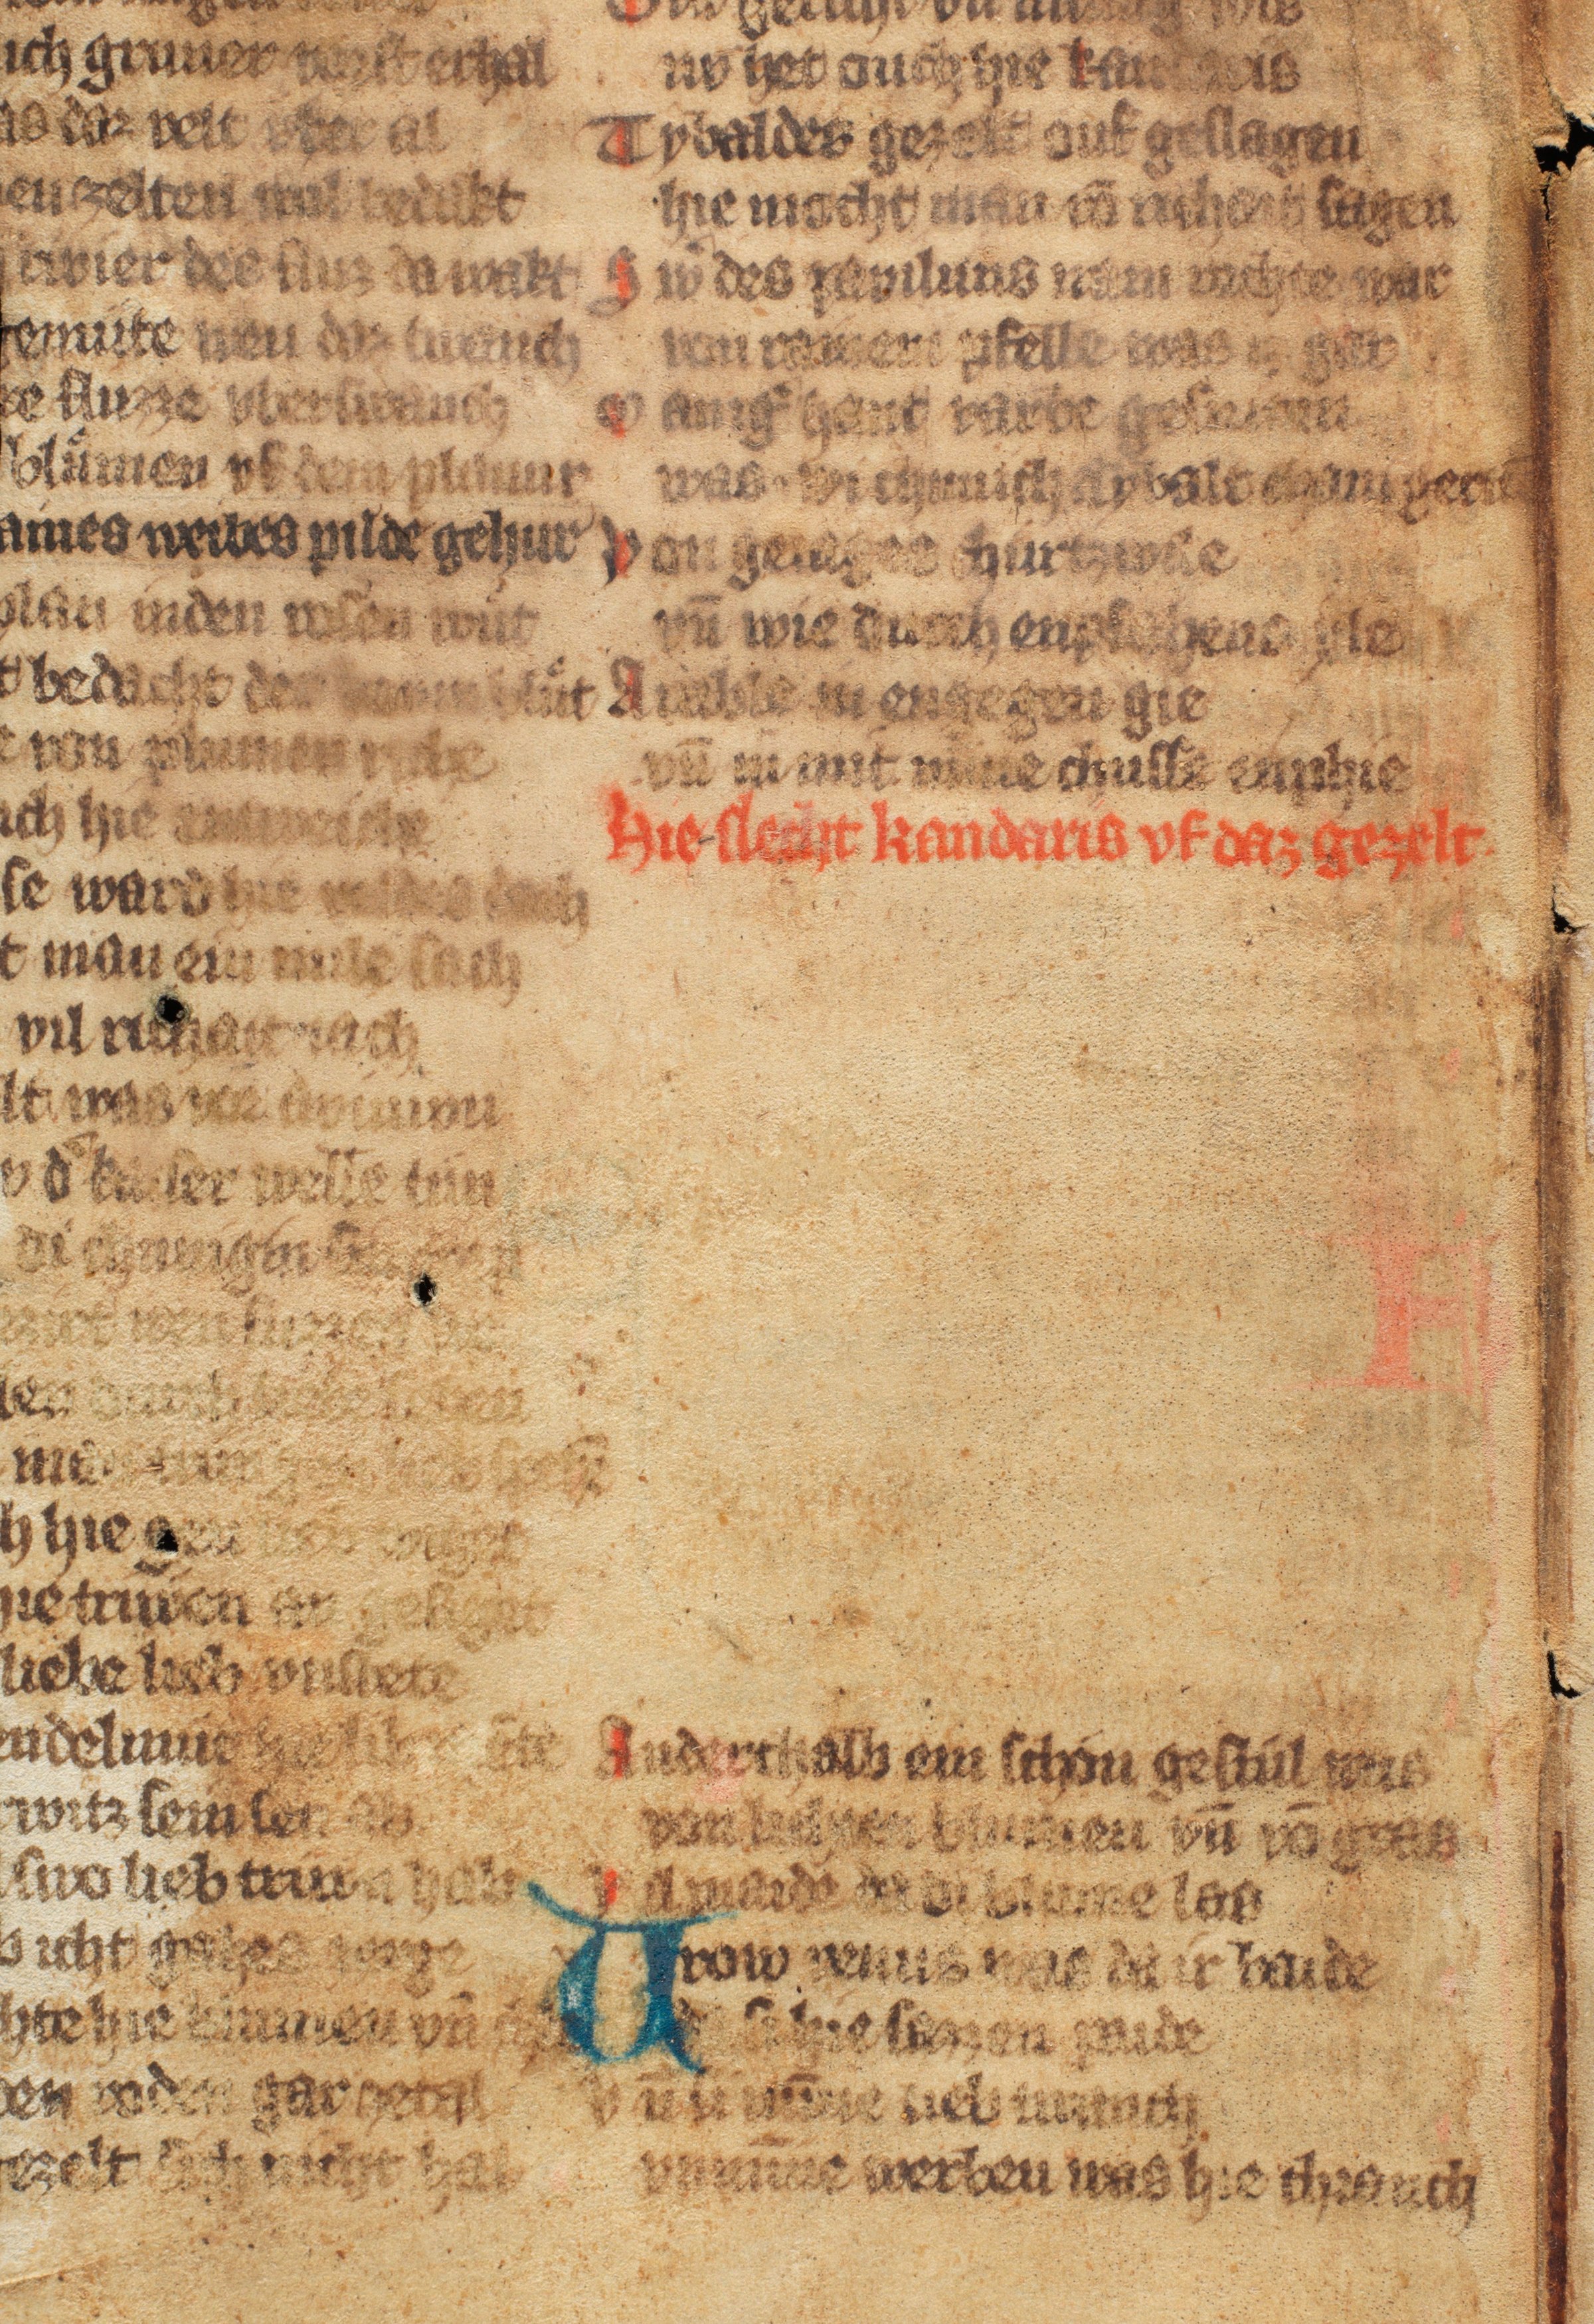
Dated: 1300–1315